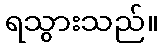
ရသွားသည်။